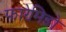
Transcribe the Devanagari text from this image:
फारेमिड़ो